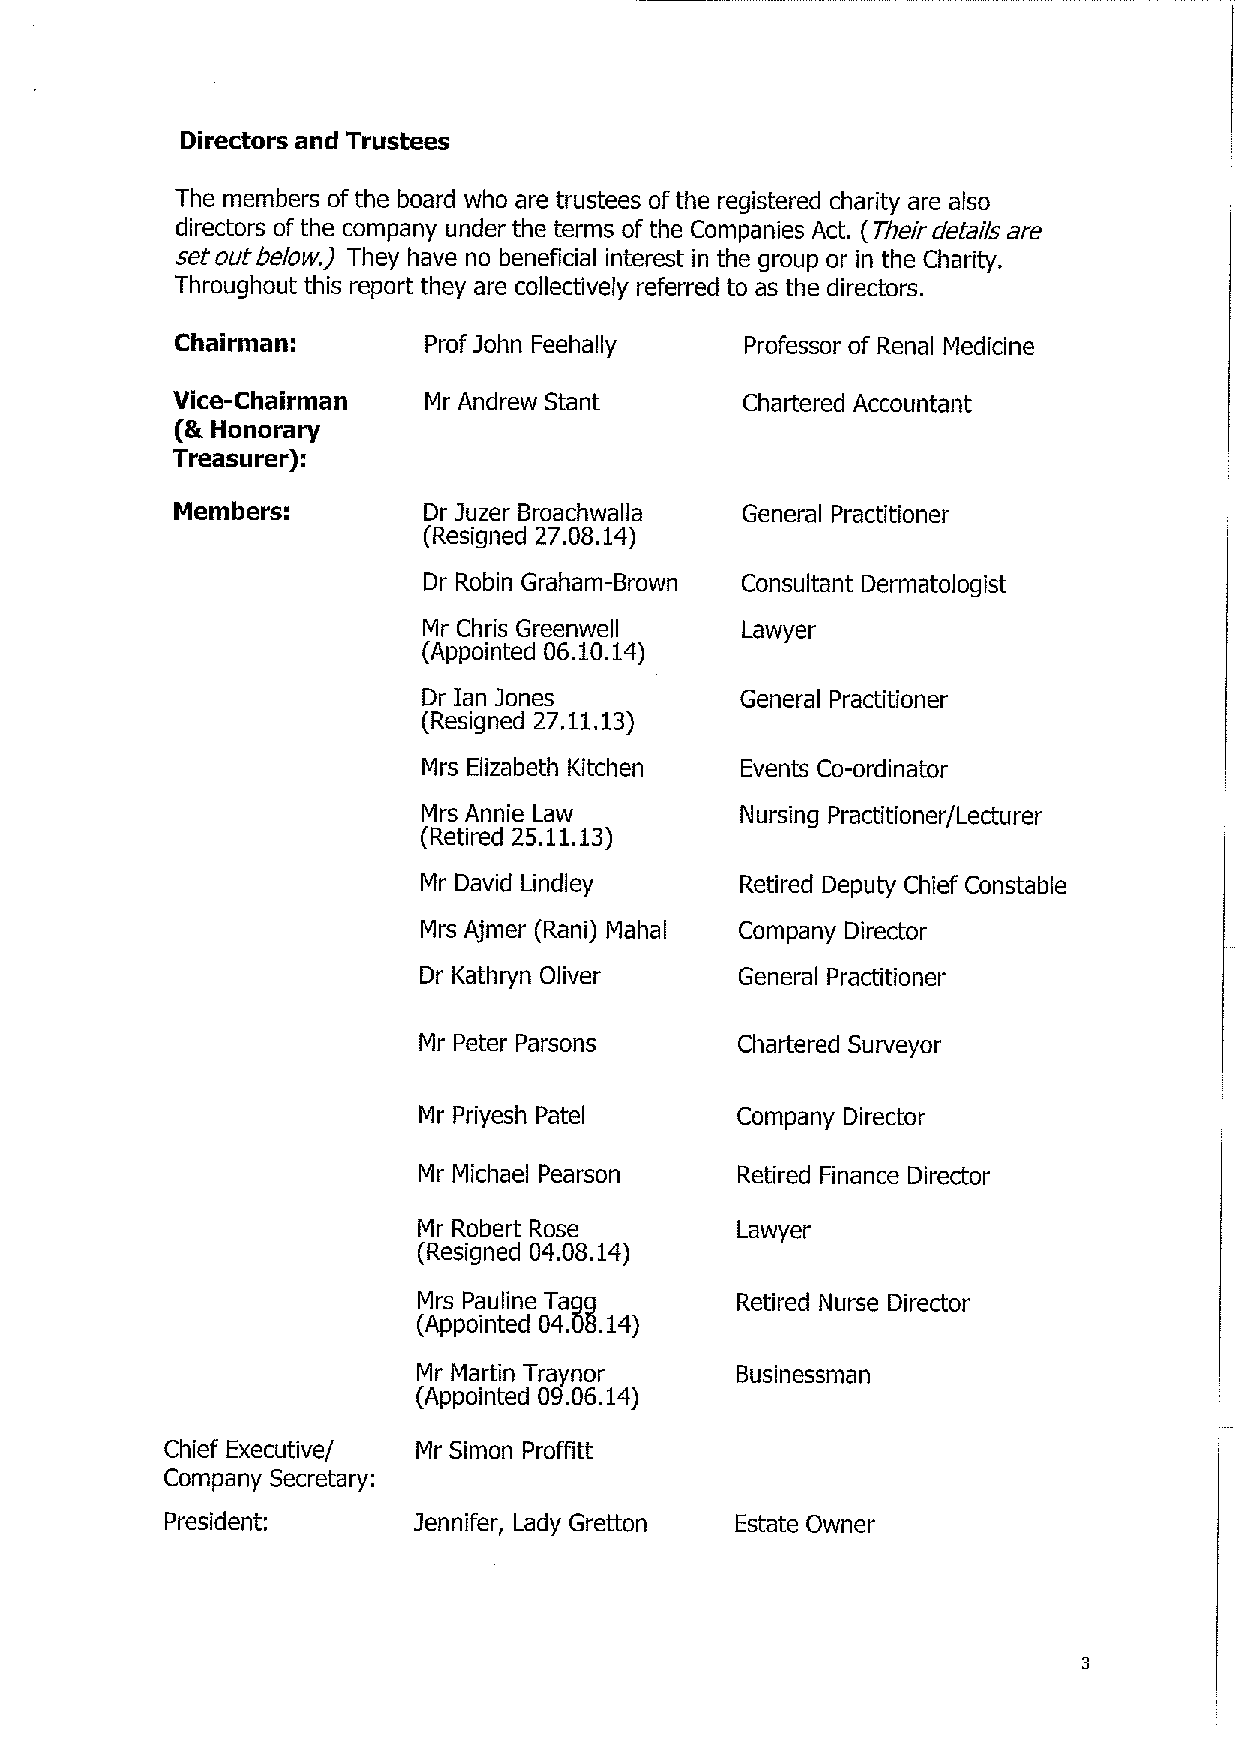
Directors and Trustees
 The members of the board who are trustees of the registered charity are also
 directors of the company under the terms of the Companies Act. ( Their details are
 set out below.) They have no beneficial interest in the group or in the Charity.
 Throughout this report they are collectively referred to as the directors.
 Chairman:       Prof John Feehally(cid:9) Professor of Renal Medicine
 Vice-Chairman(cid:9) Mr Andrew Stant(cid:9) Chartered Accountant
 (& Honorary
 Treasurer):
 Members:(cid:9)  Dr Juzer Broachwalla General Practitioner
 (Resigned 27.08.14)
 Dr Robin Graham-Brown Consultant Dermatologist
 Mr Chris Greenwell   Lawyer
 (Appointed 06.10.14)
 Dr Ian Jones         General Practitioner
 (Resigned 27.11.13)
 Mrs Elizabeth Kitchen Events Co-ordinator
 Mrs Annie Law        Nursing Practitioner/Lecturer
 (Retired 25.11.13)
 Mr David Lindley     Retired Deputy Chief Constable
 Mrs Ajmer (Rani) Mahal Company Director
 Dr Kathryn Oliver    General Practitioner
 Mr Peter Parsons     Chartered Surveyor
 Mr Priyesh Patel     Company Director
 Mr Michael Pearson   Retired Finance Director
 Mr Robert Rose       Lawyer
 (Resigned 04.08.14)
 Mrs Pauline Tagg     Retired Nurse Director
 (Appointed 04.08.14)
 Mr Martin Traynor     Businessman
 (Appointed 09.06.14)
 Chief Executive/ Mr Simon Proffitt
 Company Secretary:
 President:(cid:9) Jennifer, Lady Gretton Estate Owner
 3